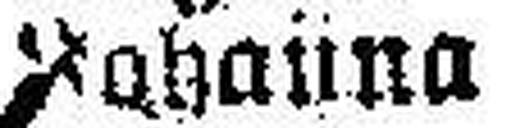
###na